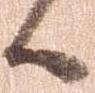
候